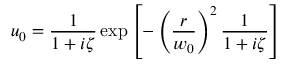
u _ { 0 } = \frac 1 { 1 + i \zeta } \exp \left[ - \left( \frac r { w _ { 0 } } \right) ^ { 2 } \frac 1 { 1 + i \zeta } \right]